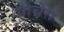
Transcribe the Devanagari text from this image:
पोचेरा